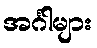
အင်္ဂါများ